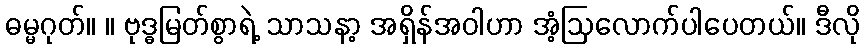
ဓမ္မဂုတ်။ ။ ဗုဒ္ဓမြတ်စွာရဲ့ သာသနာ့ အရှိန်အဝါဟာ အံ့ဩလောက်ပါပေတယ်။ ဒီလို